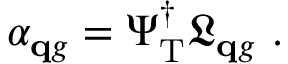
\alpha _ { { \mathbf q g } } = \Psi _ { \mathrm { T } } ^ { \dagger } \mathfrak L _ { { \mathbf q g } } ~ .